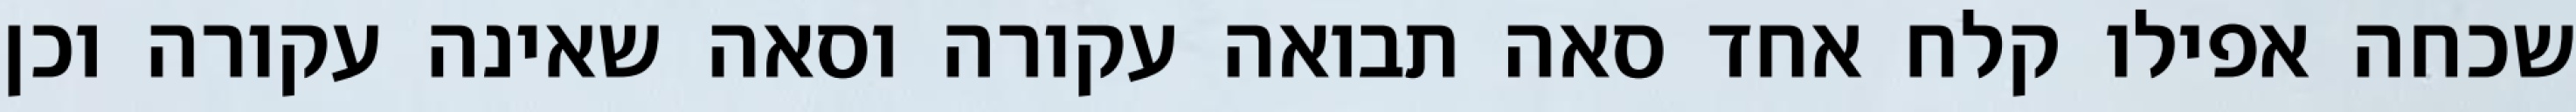
שכחה אפילו קלח אחד סאה תבואה עקורה וסאה שאינה עקורה וכן